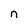
Character: n